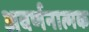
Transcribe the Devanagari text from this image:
अवर्णनात्मक